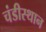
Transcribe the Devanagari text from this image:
चंडीस्‍थान